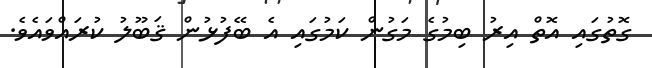
ގޮތުގައި އޮތް އިރު ބިމުގެ މަގުން ކަމުގައި އެ ބޭފުޅުން ޤަބޫލު ކުރައްވައެވެ.